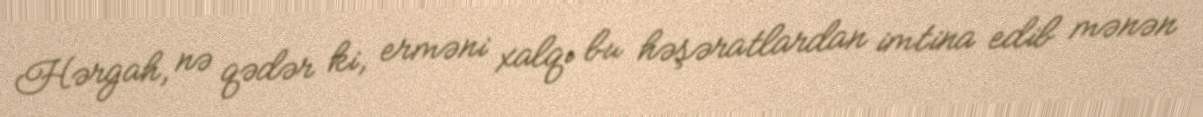
Hərgah, nə qədər ki, erməni xalqı bu həşəratlardan imtina edib mənən